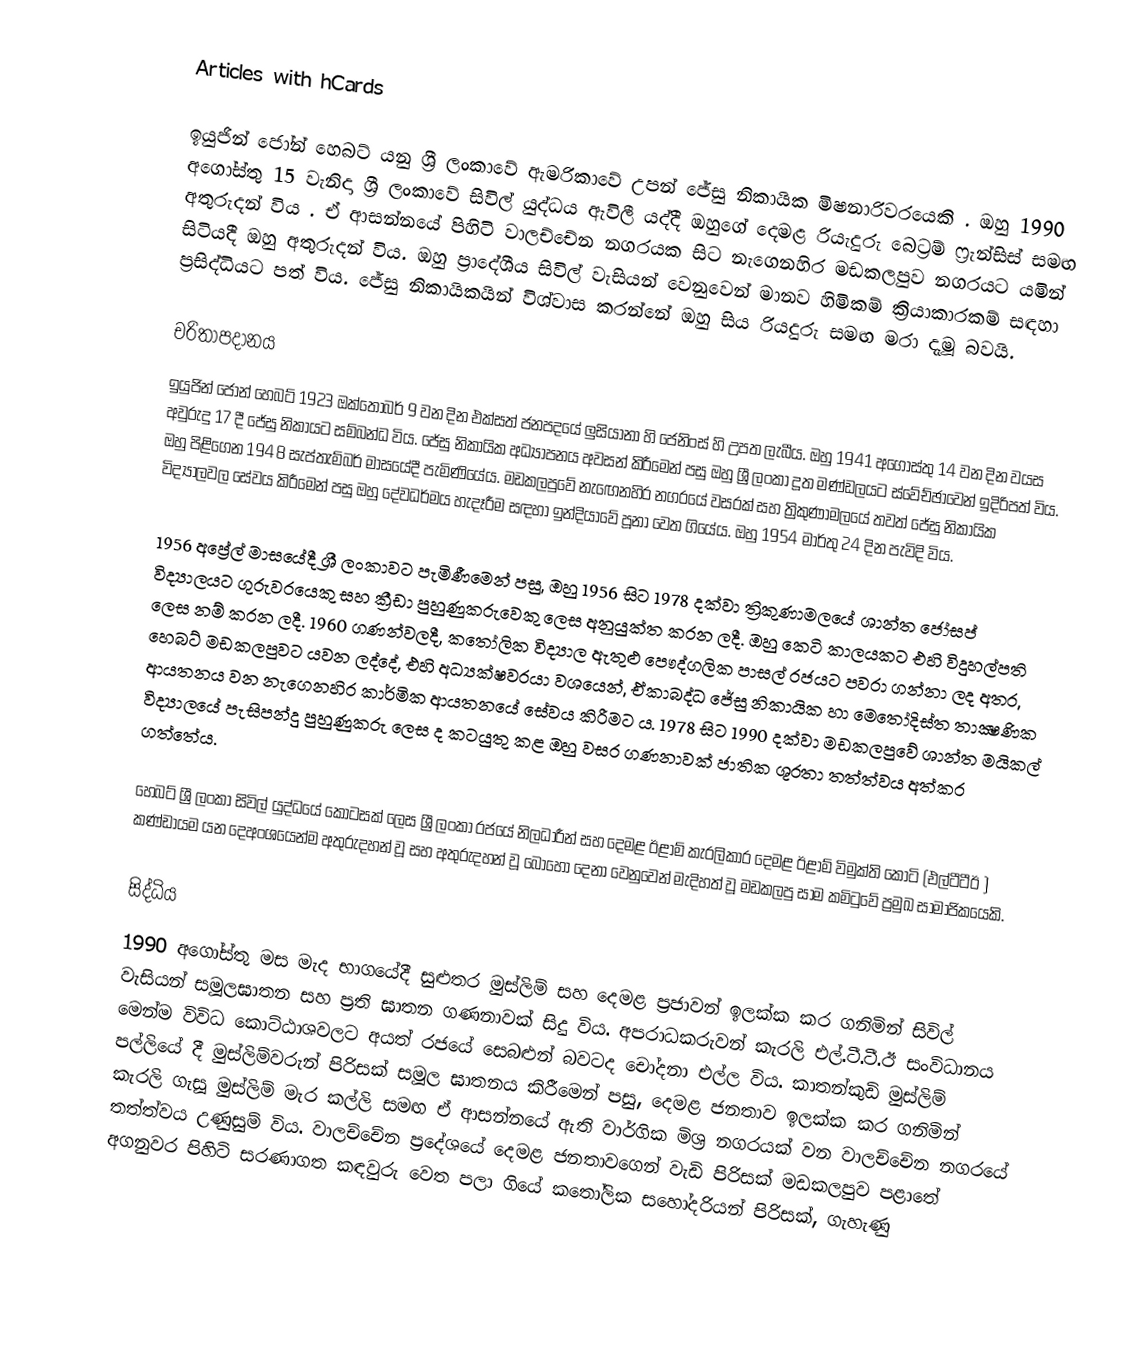
Articles with hCards

ඉයුජින් ජෝන් හෙබට් යනු ශ්‍රී ලංකාවේ ඇමරිකාවේ උපන් ජේසු නිකායික මිෂනාරිවරයෙකි . ඔහු 1990 අගෝස්තු 15 වැනිදා ශ්‍රී ලංකාවේ සිවිල් යුද්ධය ඇවිලී යද්දී ඔහුගේ දෙමළ රියැදුරු බෙට්‍රම් ෆ්‍රැන්සිස් සමඟ අතුරුදන් විය . ඒ ආසන්නයේ පිහිටි වාලච්චේන නගරයක සිට නැගෙනහිර මඩකලපුව නගරයට යමින් සිටියදී ඔහු අතුරුදන් විය. ඔහු ප්‍රාදේශීය සිවිල් වැසියන් වෙනුවෙන් මානව හිමිකම් ක්‍රියාකාරකම් සඳහා ප්‍රසිද්ධියට පත් විය. ජේසු නිකායිකයින් විශ්වාස කරන්නේ ඔහු සිය රියදුරු සමඟ මරා දැමූ බවයි.

චරිතාපදානය
ඉයුජින් ජෝන් හෙබට් 1923 ඔක්තෝබර් 9 වන දින එක්සත් ජනපදයේ ලුසියානා හි ජෙනිංස් හි උපත ලැබීය. ඔහු 1941 අගෝස්තු 14 වන දින වයස අවුරුදු 17 දී ජේසු නිකායට සම්බන්ධ විය. ජේසු නිකායික අධ්‍යාපනය අවසන් කිරීමෙන් පසු ඔහු ශ්‍රී ලංකා දූත මණ්ඩලයට ස්වේච්ඡාවෙන් ඉදිරිපත් විය. ඔහු පිළිගෙන 1948 සැප්තැම්බර් මාසයේදී පැමිණියේය. මඩකලපුවේ නැඟෙනහිර නගරයේ වසරක් සහ ත්‍රිකුණාමලයේ තවත් ජේසු නිකායික විද්‍යාලවල සේවය කිරීමෙන් පසු ඔහු දේවධර්මය හැදෑරීම සඳහා ඉන්දියාවේ පූනා වෙත ගියේය. ඔහු 1954 මාර්තු 24 දින පැවිදි විය.

1956 අප්‍රේල් මාසයේදී ශ්‍රී ලංකාවට පැමිණීමෙන් පසු, ඔහු 1956 සිට 1978 දක්වා ත්‍රිකුණාමලයේ ශාන්ත ජෝසප් විද්‍යාලයට ගුරුවරයෙකු සහ ක්‍රීඩා පුහුණුකරුවෙකු ලෙස අනුයුක්ත කරන ලදී. ඔහු කෙටි කාලයකට එහි විදුහල්පති ලෙස නම් කරන ලදී. 1960 ගණන්වලදී, කතෝලික විද්‍යාල ඇතුළු පෞද්ගලික පාසල් රජයට පවරා ගන්නා ලද අතර, හෙබට් මඩකලපුවට යවන ලද්දේ, එහි අධ්‍යක්ෂවරයා වශයෙන්, ඒකාබද්ධ ජේසු නිකායික හා මෙතෝදිස්ත තාක්‍ෂණික ආයතනය වන නැගෙනහිර කාර්මික ආයතනයේ සේවය කිරීමට ය. 1978 සිට 1990 දක්වා මඩකලපුවේ ශාන්ත මයිකල් විද්‍යාලයේ පැසිපන්දු පුහුණුකරු ලෙස ද කටයුතු කළ ඔහු වසර ගණනාවක් ජාතික ශූරතා තත්ත්වය අත්කර ගත්තේය.

හෙබට් ශ්‍රී ලංකා සිවිල් යුද්ධයේ කොටසක් ලෙස ශ්‍රී ලංකා රජයේ නිලධාරීන් සහ දෙමළ ඊළාම් කැරලිකාර දෙමළ ඊළාම් විමුක්ති කොටි (එල්ටීටීඊ ) කණ්ඩායම යන දෙඅංශයෙන්ම අතුරුදහන් වූ සහ අතුරුදහන් වූ බොහෝ දෙනා වෙනුවෙන් මැදිහත් වූ මඩකලපු සාම කමිටුවේ ප්‍රමුඛ සාමාජිකයෙකි.

සිද්ධිය
1990 අගෝස්තු මස මැද භාගයේදී සුළුතර මුස්ලිම් සහ දෙමළ ප්‍රජාවන් ඉලක්ක කර ගනිමින් සිවිල් වැසියන් සමූලඝාතන සහ ප්‍රති ඝාතන ගණනාවක් සිදු විය. අපරාධකරුවන් කැරලි එල්.ටී.ටී.ඊ සංවිධානය මෙන්ම විවිධ කොට්ඨාශවලට අයත් රජයේ සෙබළුන් බවටද චෝදනා එල්ල විය. කාතන්කුඩි මුස්ලිම් පල්ලියේ දී මුස්ලිම්වරුන් පිරිසක් සමූල ඝාතනය කිරීමෙන් පසු, දෙමළ ජනතාව ඉලක්ක කර ගනිමින් කැරලි ගැසූ මුස්ලිම් මැර කල්ලි සමඟ ඒ ආසන්නයේ ඇති වාර්ගික මිශ්‍ර නගරයක් වන වාලච්චේන නගරයේ තත්ත්වය උණුසුම් විය. වාලච්චේන ප්‍රදේශයේ දෙමළ ජනතාවගෙන් වැඩි පිරිසක් මඩකලපුව පළාතේ අගනුවර පිහිටි සරණාගත කඳවුරු වෙත පලා ගියේ කතෝලික සහෝදරියන් පිරිසක්, ගැහැණු